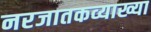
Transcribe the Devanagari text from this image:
नरजातकव्याख्या